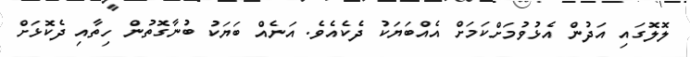
ލޮލޮގައި އަދުން އެޅުވުމަށްކަމަށް އެއްބަޔަކު ދެކެއެވެ. އަނެއް ބަޔަކު ބުނާގޮތުން ހިތާއި ދެކޮޅަށް